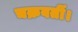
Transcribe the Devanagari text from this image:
चक्रवर्ती।